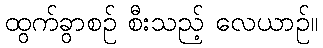
ထွက်ခွာစဉ် စီးသည့် လေယာဉ်။